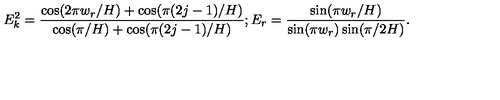
E _ { k } ^ { 2 } = \frac { \cos ( 2 \pi w _ { r } / H ) + \cos ( \pi ( 2 j - 1 ) / H ) } { \cos ( \pi / H ) + \cos ( \pi ( 2 j - 1 ) / H ) } ; E _ { r } = \frac { \sin ( \pi w _ { r } / H ) } { \sin ( \pi w _ { r } ) \sin ( \pi / 2 H ) } .